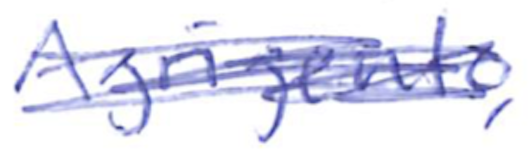
Text: Agrigento,
Cross-out: scratch
Writing tool: ballpoint